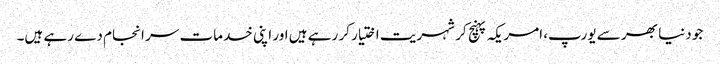
جو دنیا بھر سے یورپ، امریکہ پہنچ کر شہریت اختیار کر رہے ہیں اور اپنی خدمات سر انجام دے رہے ہیں۔